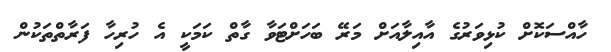
ހާއްސަކޮށް ކުޅިވަރުގެ އާއިލާއަށް މަރޭ ބަހަށްޓަވާ ގާތް ކަމަކީ އެ ހުރިހާ ފަރާތްތަކުން